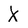
Character: X